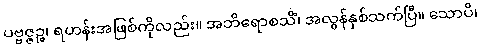
ပဗ္ဗဇ္ဇဉ္စ၊ ရဟန်းအဖြစ်ကိုလည်း။ အဘိရောစသိံ၊ အလွန်နှစ်သက်ပြီ။ သောပိ၊